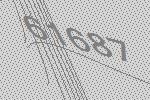
61687